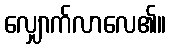
လျှောက်လာလေ၏။